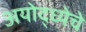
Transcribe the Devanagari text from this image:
अयोद्ध्येचे